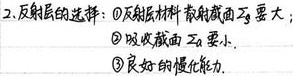
2. 反射层的选择：
\begin{enumerate}
    \item 反射层材料散射截面 $\sigma_s$ 要大；
    \item 吸收截面 $\Sigma_a$ 要小；
    \item 良好的慢化能力。
\end{enumerate}